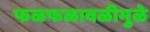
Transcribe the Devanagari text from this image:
फळफळावळीमुळे